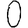
Digit: 0